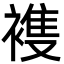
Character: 𮖤